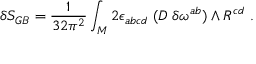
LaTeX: \delta S _ { G B } = { \frac { 1 } { 3 2 \pi ^ { 2 } } } \int _ { M } 2 \epsilon _ { a b c d } \; ( D \; \delta \omega ^ { a b } ) \wedge R ^ { c d } \ .